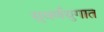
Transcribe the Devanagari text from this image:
सुवर्णयुगात